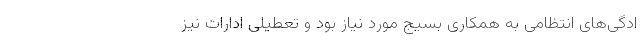
ادگی‌های انتظامی به همکاری بسیج مورد نیاز بود و تعطیلی ادارات نیز